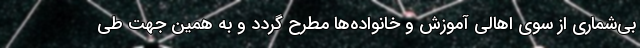
بی‌شماری از سوی اهالی آموزش و خانواده‌ها مطرح گردد و به همین جهت طی